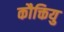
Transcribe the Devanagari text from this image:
कौक्तियु